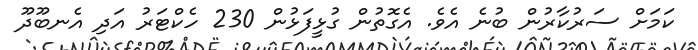
ކަމަށް ސަރުކާރުން ބުނެ އެވެ. އެގޮތުން ގުޅީފަޅުން 230 ހެކްޓަރު އަދި އެނބޫދޫ